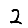
Digit: 2